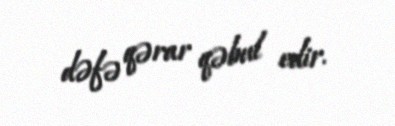
dəfə qərar qəbul edir.